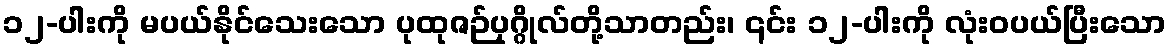
၁၂-ပါးကို မပယ်နိုင်သေးသော ပုထုဇဉ်ပုဂ္ဂိုလ်တို့သာတည်း၊ ၎င်း ၁၂-ပါးကို လုံးဝပယ်ပြီးသော